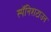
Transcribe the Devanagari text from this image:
स्पॅनिशटाउन